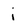
Character: i